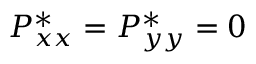
P _ { x x } ^ { * } = P _ { y y } ^ { * } = 0